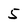
Character: 5